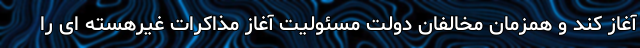
آغاز کند و همزمان مخالفان دولت مسئولیت آغاز مذاکرات غیرهسته ای را